Insane asylums in Bengal annual reports 1867-1875 - 1867-1875
Year: 1867
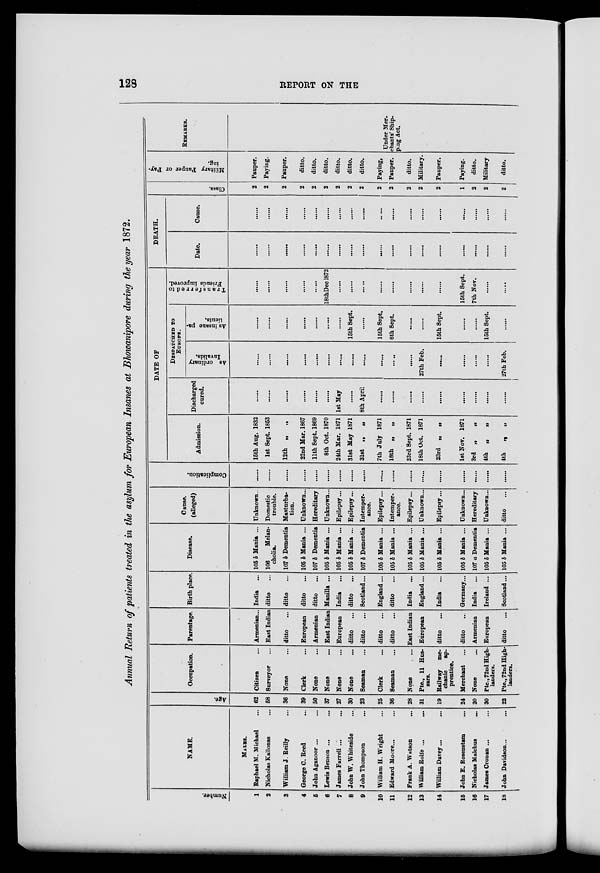
128
REPORT ON THE
Annual Return of patients treated in the asylum for European Insanes at Bhowanipore during the year 1872.
Number.
1
2
3
4
5
6
7
8
9
10
11
12
13
14
15
16
17
18
NAME.
MALES.
Raphael M. Michael ...
Nicholas Kallonas ...
William J. Reilly ...
George C. Reed ...
John Aganoor ... ...
Lewis Benson ...
...
James Farrell ... ...
John W. Whiteside ...
John Thompson ...
William H. Wright ...
Edward Moore... ...
Frank A. Watson ...
William Rolfe ... ...
William Davey...
John E. Rosenstam ...
Nicholas Malchus ...
James Cronan ... ...
John Davidson ... ...
Age.
62
58
36
39
50
37
27
30
23
25
36
28
31
19
24
20
30
22
Occupation.
Citizen ...
Surveyor ...
None ...
Clerk ...
None ...
None ...
None ...
None ...
Seaman ...
Clerk ...
Seaman ...
None ...
Pte., 11 Hus-
sars.
Railway me-
chanic
ap-
prentice.
Merchant ...
None ...
Pte., 72nd High-
landers.
Pte., 72nd High-
landers.
Parentage.
Armenian...
East Indian
ditto ...
European
Armenian
East Indian
European
ditto ...
ditto ...
ditto ...
ditto ...
East Indian
European
ditto ...
ditto ...
Armenian
European
ditto ...
Birth place.
India ...
ditto
...
ditto ...
ditto ...
ditto
...
Manilla ...
India ...
ditto ...
Scotland ...
England ...
ditto ...
India ...
England...
India ...
Germany...
India ...
Ireland ...
Scotland...
Disease.
105 b Mania ...
106
Melan-
cholia.
107 b Dementia
105 b Mania ...
107 b Dementia
105 b Mania ...
105 b Mania ...
105 b Mania ...
107 b Dementia
105 b Mania ...
105 b Mania ...
105 b Mania ...
105 b Mania ...
105 b Mania ...
105 b Mania ...
107 a Dementia
105 b Mania ...
105 b Mania ...
Cause.
(alleged)
Unknown..
Domestic
trouble.
Masturba-
tion.
Unknown...
Hereditary
Unknown...
Epilepsy...
Epilepsy...
Intemper-
ance.
Epilepsy...
Intemper-
ance.
Epilepsy...
Unknown...
Epilepsy...
Unknown...
Hereditary
Unknown...
ditto ...
Complication.
......
......
DATE OF
Admission.
15th Aug. 1832
1st Sept. 1853
12th „
„
22nd Mar. 1867
11th Sept. 1869
8th Oct. 1870
24th Mar. 1871
31st May 1871
31st „
„
7th July 1871
18th „
„
23rd Sept. 1871
18th Oct. 1871
23rd „
„
1st Nov. 1871
3rd „
4th „
„
4th
„
„
Discharged
cured.
.......
.......
.......
.......
.......
.......
1st May
.......
8th April
.......
.......
.......
.......
.......
.......
.......
.......
DESPATCHED TO
EUROPE.
As ordinary
Invalids.
.......
.......
.......
.......
.......
.......
.......
.......
.......
.......
.......
.......
27th Feb.
.......
.......
.......
.......
27th Feb.
As insane pa-
tients.
.......
.......
.......
.......
.......
.......
.......
15th Sept.
.......
15th Sept.
6th Sept.
.......
.......
15th Sept.
.......
.......
15th Sept.
Transferred to
Friends improved.
.......
.......
.......
.......
.......
18thDec 1872
.......
.......
......
.......
.......
.......
.......
.......
15th Sept.
7th Nov.
.......
DEATH.
Date.
.......
.......
.......
.......
.......
.......
.......
.......
.......
.......
.......
.......
.......
.......
.......
.......
.......
.......
Cause.
.......
.......
.......
.......
.......
.......
.......
.......
.......
.......
.......
.......
.......
.......
.......
.......
.......
.......
Class.
2
2
2
2
2
2
2
2
2
2
2
2
2
2
1
2
2
2
Military Pauper or Pay-
ing.
Pauper.
Paying.
Pauper.
ditto.
ditto.
ditto.
ditto.
ditto.
ditto.
Paying.
Pauper.
ditto.
Military.
Pauper.
Paying.
ditto.
Military
ditto.
REMARKS.
Under Mer-
chants' Ship-
ping Act.